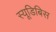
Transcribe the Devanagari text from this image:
स्यूडिबिस